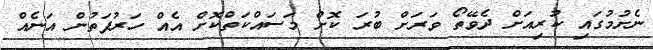
ނެށުމުގައި ކުރިއަށް ދެވޭތޯ ވަރަށް ބުރަ ކޮށް މަސައްކަތްކޮށް އެއް ހަރުފަތުން އަނެއް